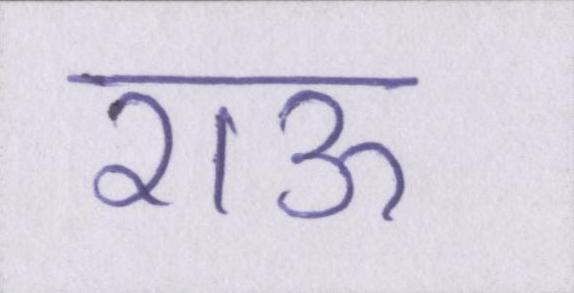
राऊ